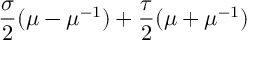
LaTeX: \frac { \sigma } { 2 } ( \mu - \mu ^ { - 1 } ) + \frac { \tau } { 2 } ( \mu + \mu ^ { - 1 } )